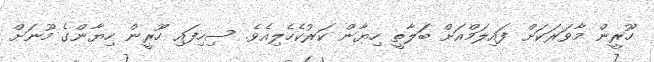
ހޫރީން މާވަރަކަށް ފައިލަމްއަށް ބަލާތީ ހިޔާން ކަރުކެހެލިއެވެ. ސިހިފައި ހޫރީން ހިޔާންގެ މޫނަށް